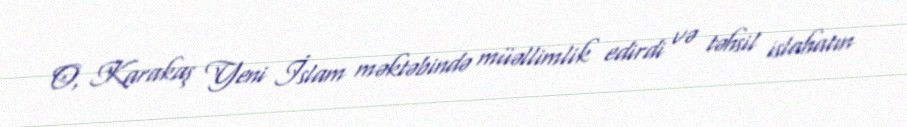
O, Karakaş Yeni İslam məktəbində müəllimlik edirdi və təhsil islahatın